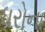
ધરોના